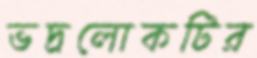
ভদ্রলোকটির